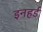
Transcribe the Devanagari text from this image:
इनहर्ड